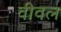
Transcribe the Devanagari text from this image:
वीवल